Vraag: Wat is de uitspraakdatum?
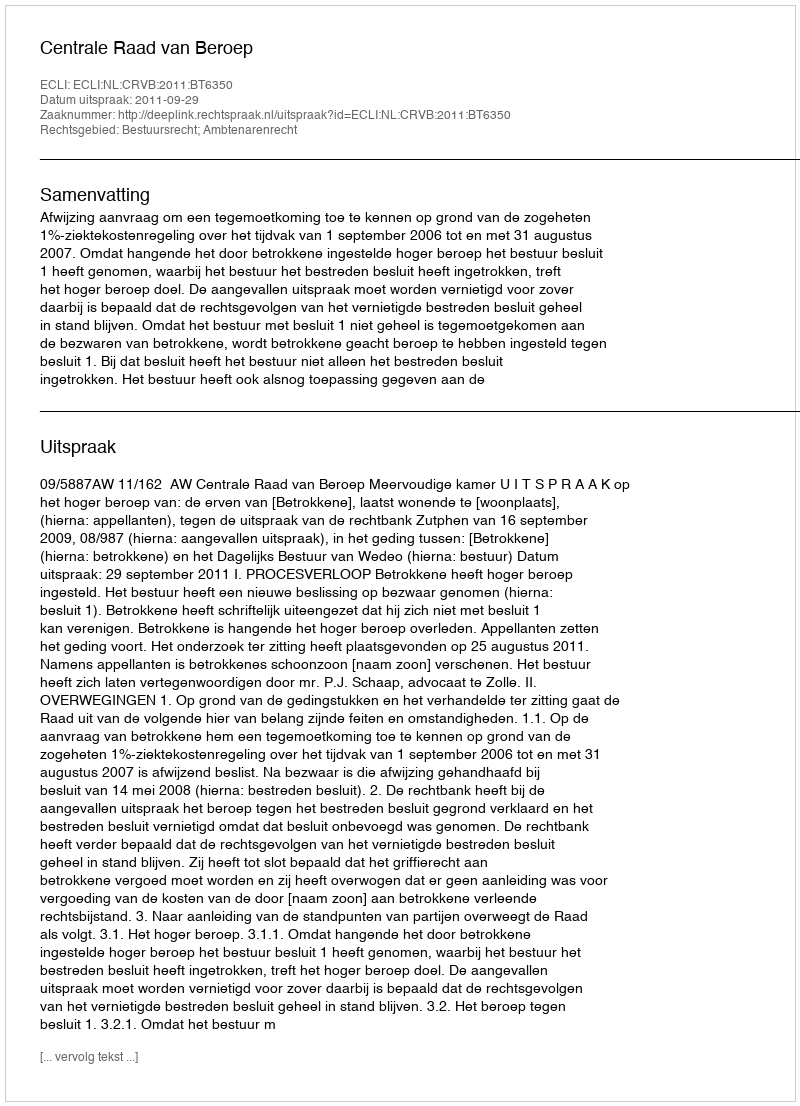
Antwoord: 2011-09-29